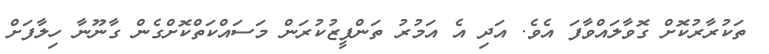
ތަކުރާރުކޮށް ގޮވާލައްވާފަ އެވެ. އަދި އެ އަމުރު ތަންފީޒުކުރަން މަސައްކަތްކޮށްގެން ގާނޫނާ ހިލާފަށް